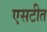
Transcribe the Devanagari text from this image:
एसटीत